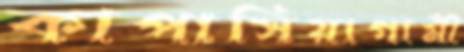
কাপাসিয়াগামী